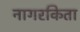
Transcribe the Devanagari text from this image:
नागरकिता